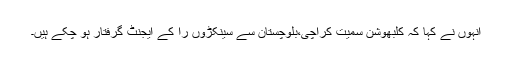
انہوں نے کہا کہ کلبھوشن سمیت کراچی،بلوچستان سے سینکڑوں را کے ایجنٹ گرفتار ہو چکے ہیں۔